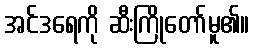
အင်ဒရေကို ဆီးကြိုတော်မူ၏။